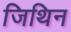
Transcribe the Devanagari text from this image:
जिथिन